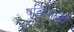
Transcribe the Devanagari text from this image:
पुलिंजली